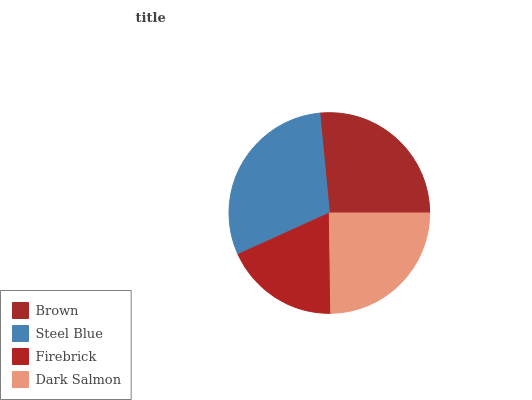
| Brown | Steel Blue | Firebrick | Dark Salmon |
 | --- | --- | --- | --- |
 | 26.6% | 30.2% | 18.4% | 24.8% |